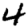
Digit: 4